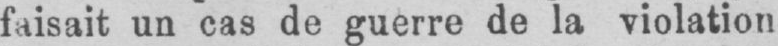
faisait un cas de guerre de la violation